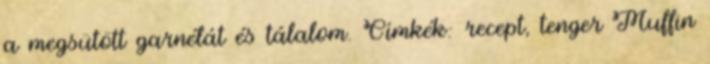
a megsütött garnélát és tálalom. Címkék: recept, tenger Muffin